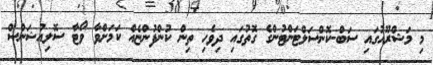
މި މަޝްރޫއުގައި ސަބް-ކޮންސަލްޓަންޓުންގެ ގޮތުގައި ދިވެހި ތިން ކުންފުންޏެއް ކަމަށްވާ ވޯޓާ ސޮލިއުޝަންސް